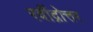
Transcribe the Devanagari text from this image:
रवींद्रोत्तर